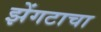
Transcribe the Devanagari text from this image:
झेंगटाचा